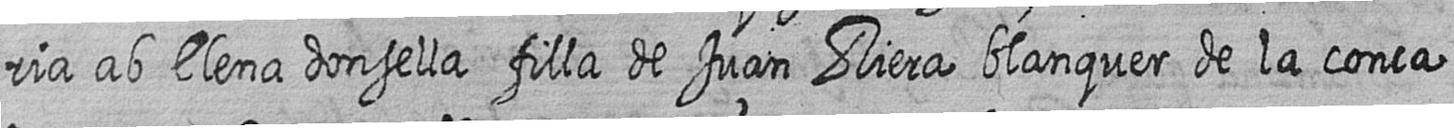
ria ab Elena donsella filla de Juan Riera blanquer de la conca